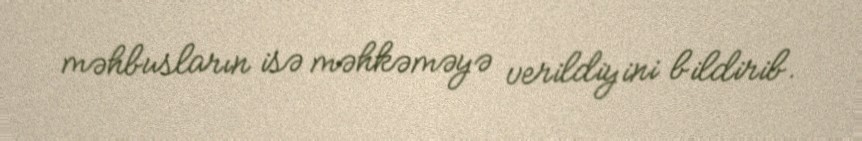
məhbusların isə məhkəməyə verildiyini bildirib.